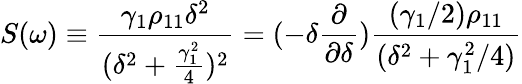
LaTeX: S(\omega)\equiv\frac{\gamma_{1}\rho_{11}\delta^{2}}{(\delta^{2}+\frac{\gamma_{1}^{2}}{4})^{2}}=(-\delta\frac{\partial}{\partial\delta})\frac{(\gamma_{1}/2)\rho_{11}}{(\delta^{2}+\gamma_{1}^{2}/4)}